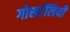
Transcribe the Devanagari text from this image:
गोर्खालियोँ